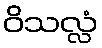
ဝိသလ္လံ